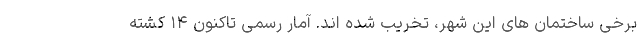
برخی ساختمان های این شهر، تخریب شده اند. آمار رسمی تاکنون ۱۴ کشته